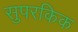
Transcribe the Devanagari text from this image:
सुपरकिक